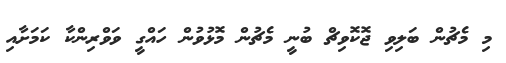
މި މެޗުން ބަލިވި ޖޮކޮވިޗް ބުނީ މެޗުން މޮޅުވުން ހައްގީ ވަވްރިންކާ ކަމަށާއި